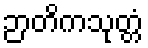
ဉာတိကသုတ္တံ